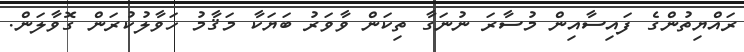
ރައްޔިތުންގެ ފައިސާއިން މުސާރަ ނުނަގާ ތިކަން ވާވަރު ބަޔަކާ މަޤާމު ހަވާލުކުރަން ގޮވާލަން.